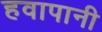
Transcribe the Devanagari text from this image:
हवापानी